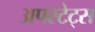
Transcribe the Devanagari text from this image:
अपस्टेट्स